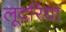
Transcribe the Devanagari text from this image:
लूदरिया